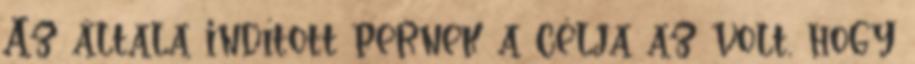
Az általa indított pernek a célja az volt, hogy